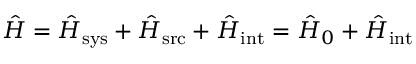
\hat { H } = \hat { H } _ { \mathrm { s y s } } + \hat { H } _ { \mathrm { s r c } } + \hat { H } _ { \mathrm { i n t } } = \hat { H } _ { 0 } + \hat { H } _ { \mathrm { i n t } }